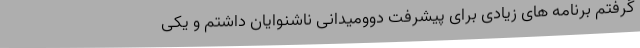
گرفتم برنامه های زیادی برای پیشرفت دوومیدانی ناشنوایان داشتم و یکی